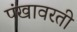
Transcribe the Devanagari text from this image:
पंखावरती